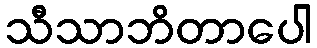
သီသာဘိတာပေါ